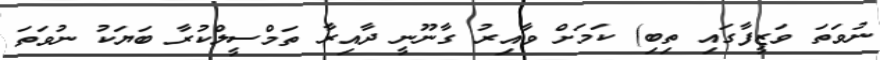
ނުވަތަ ވަޒީފާގައި ތިބި) ކަމަށް ވާއިރު ގާނޫނީ ދާއިރާ ތަމްސީލްކުރާ ބަޔަކު ނުވަތަ